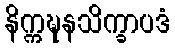
နိက္ကဍ္ဎနသိက္ခာပဒံ